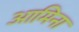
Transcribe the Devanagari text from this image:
आमिना